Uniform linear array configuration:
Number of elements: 64
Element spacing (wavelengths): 0.5
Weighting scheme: uniform
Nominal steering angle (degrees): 45
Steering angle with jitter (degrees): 46.066
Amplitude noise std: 0.05
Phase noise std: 0.05

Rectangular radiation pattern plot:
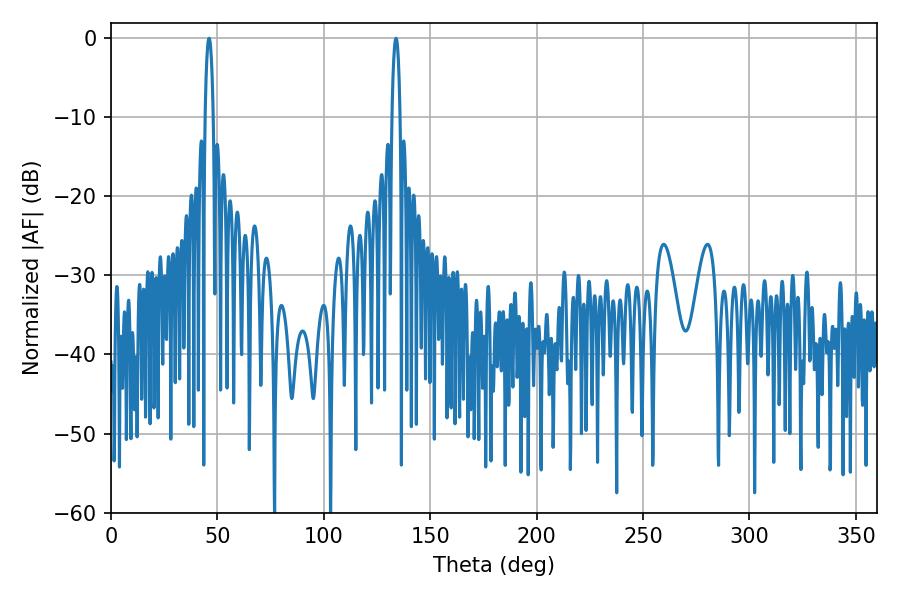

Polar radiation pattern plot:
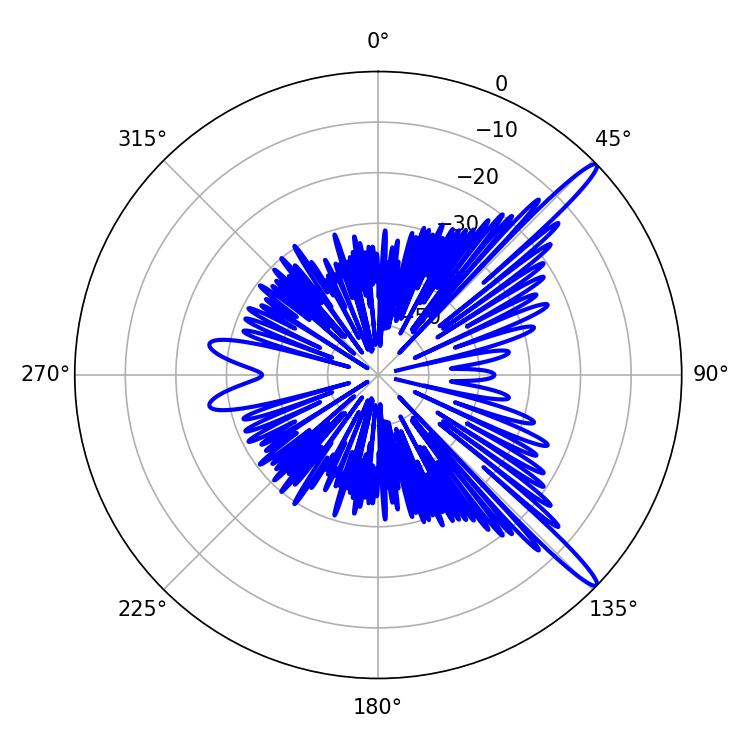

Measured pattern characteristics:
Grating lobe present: FALSE
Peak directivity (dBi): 14.954
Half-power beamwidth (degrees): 2.16
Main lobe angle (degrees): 46.08